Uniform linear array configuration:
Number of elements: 32
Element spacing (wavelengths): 1
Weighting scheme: exponential
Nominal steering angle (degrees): -60
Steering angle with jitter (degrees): -59.306
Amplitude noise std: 0.05
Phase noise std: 0.05

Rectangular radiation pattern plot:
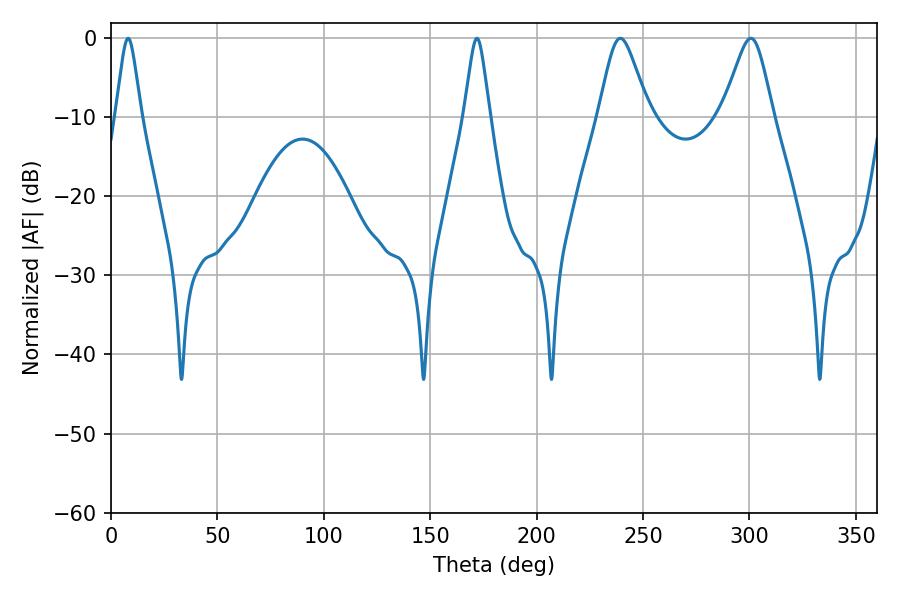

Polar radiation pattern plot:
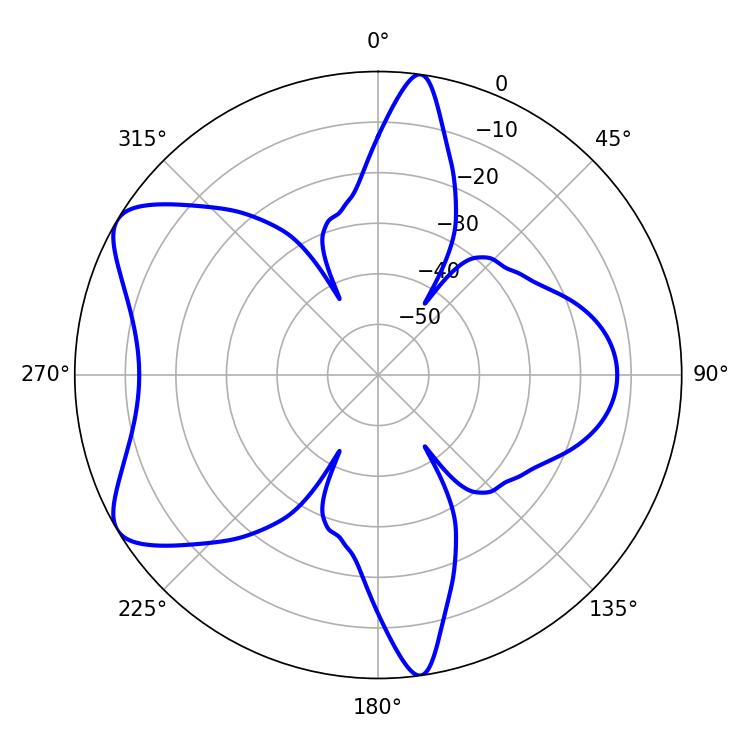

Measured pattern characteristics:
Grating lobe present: TRUE
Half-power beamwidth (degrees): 11.34
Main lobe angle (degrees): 239.4